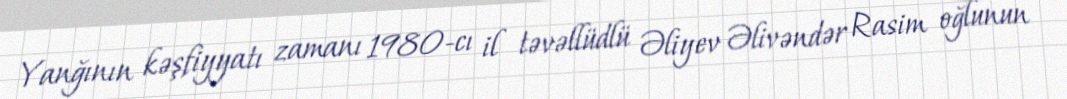
Yanğının kəşfiyyatı zamanı 1980-cı il təvəllüdlü Əliyev Əlivəndər Rasim oğlunun